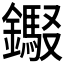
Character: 𰽎